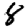
Digit: 8